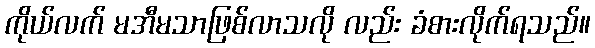
ကိုယ်လက် မအီမသာဖြစ်လာသလို လည်း ခံစားလိုက်ရသည်။